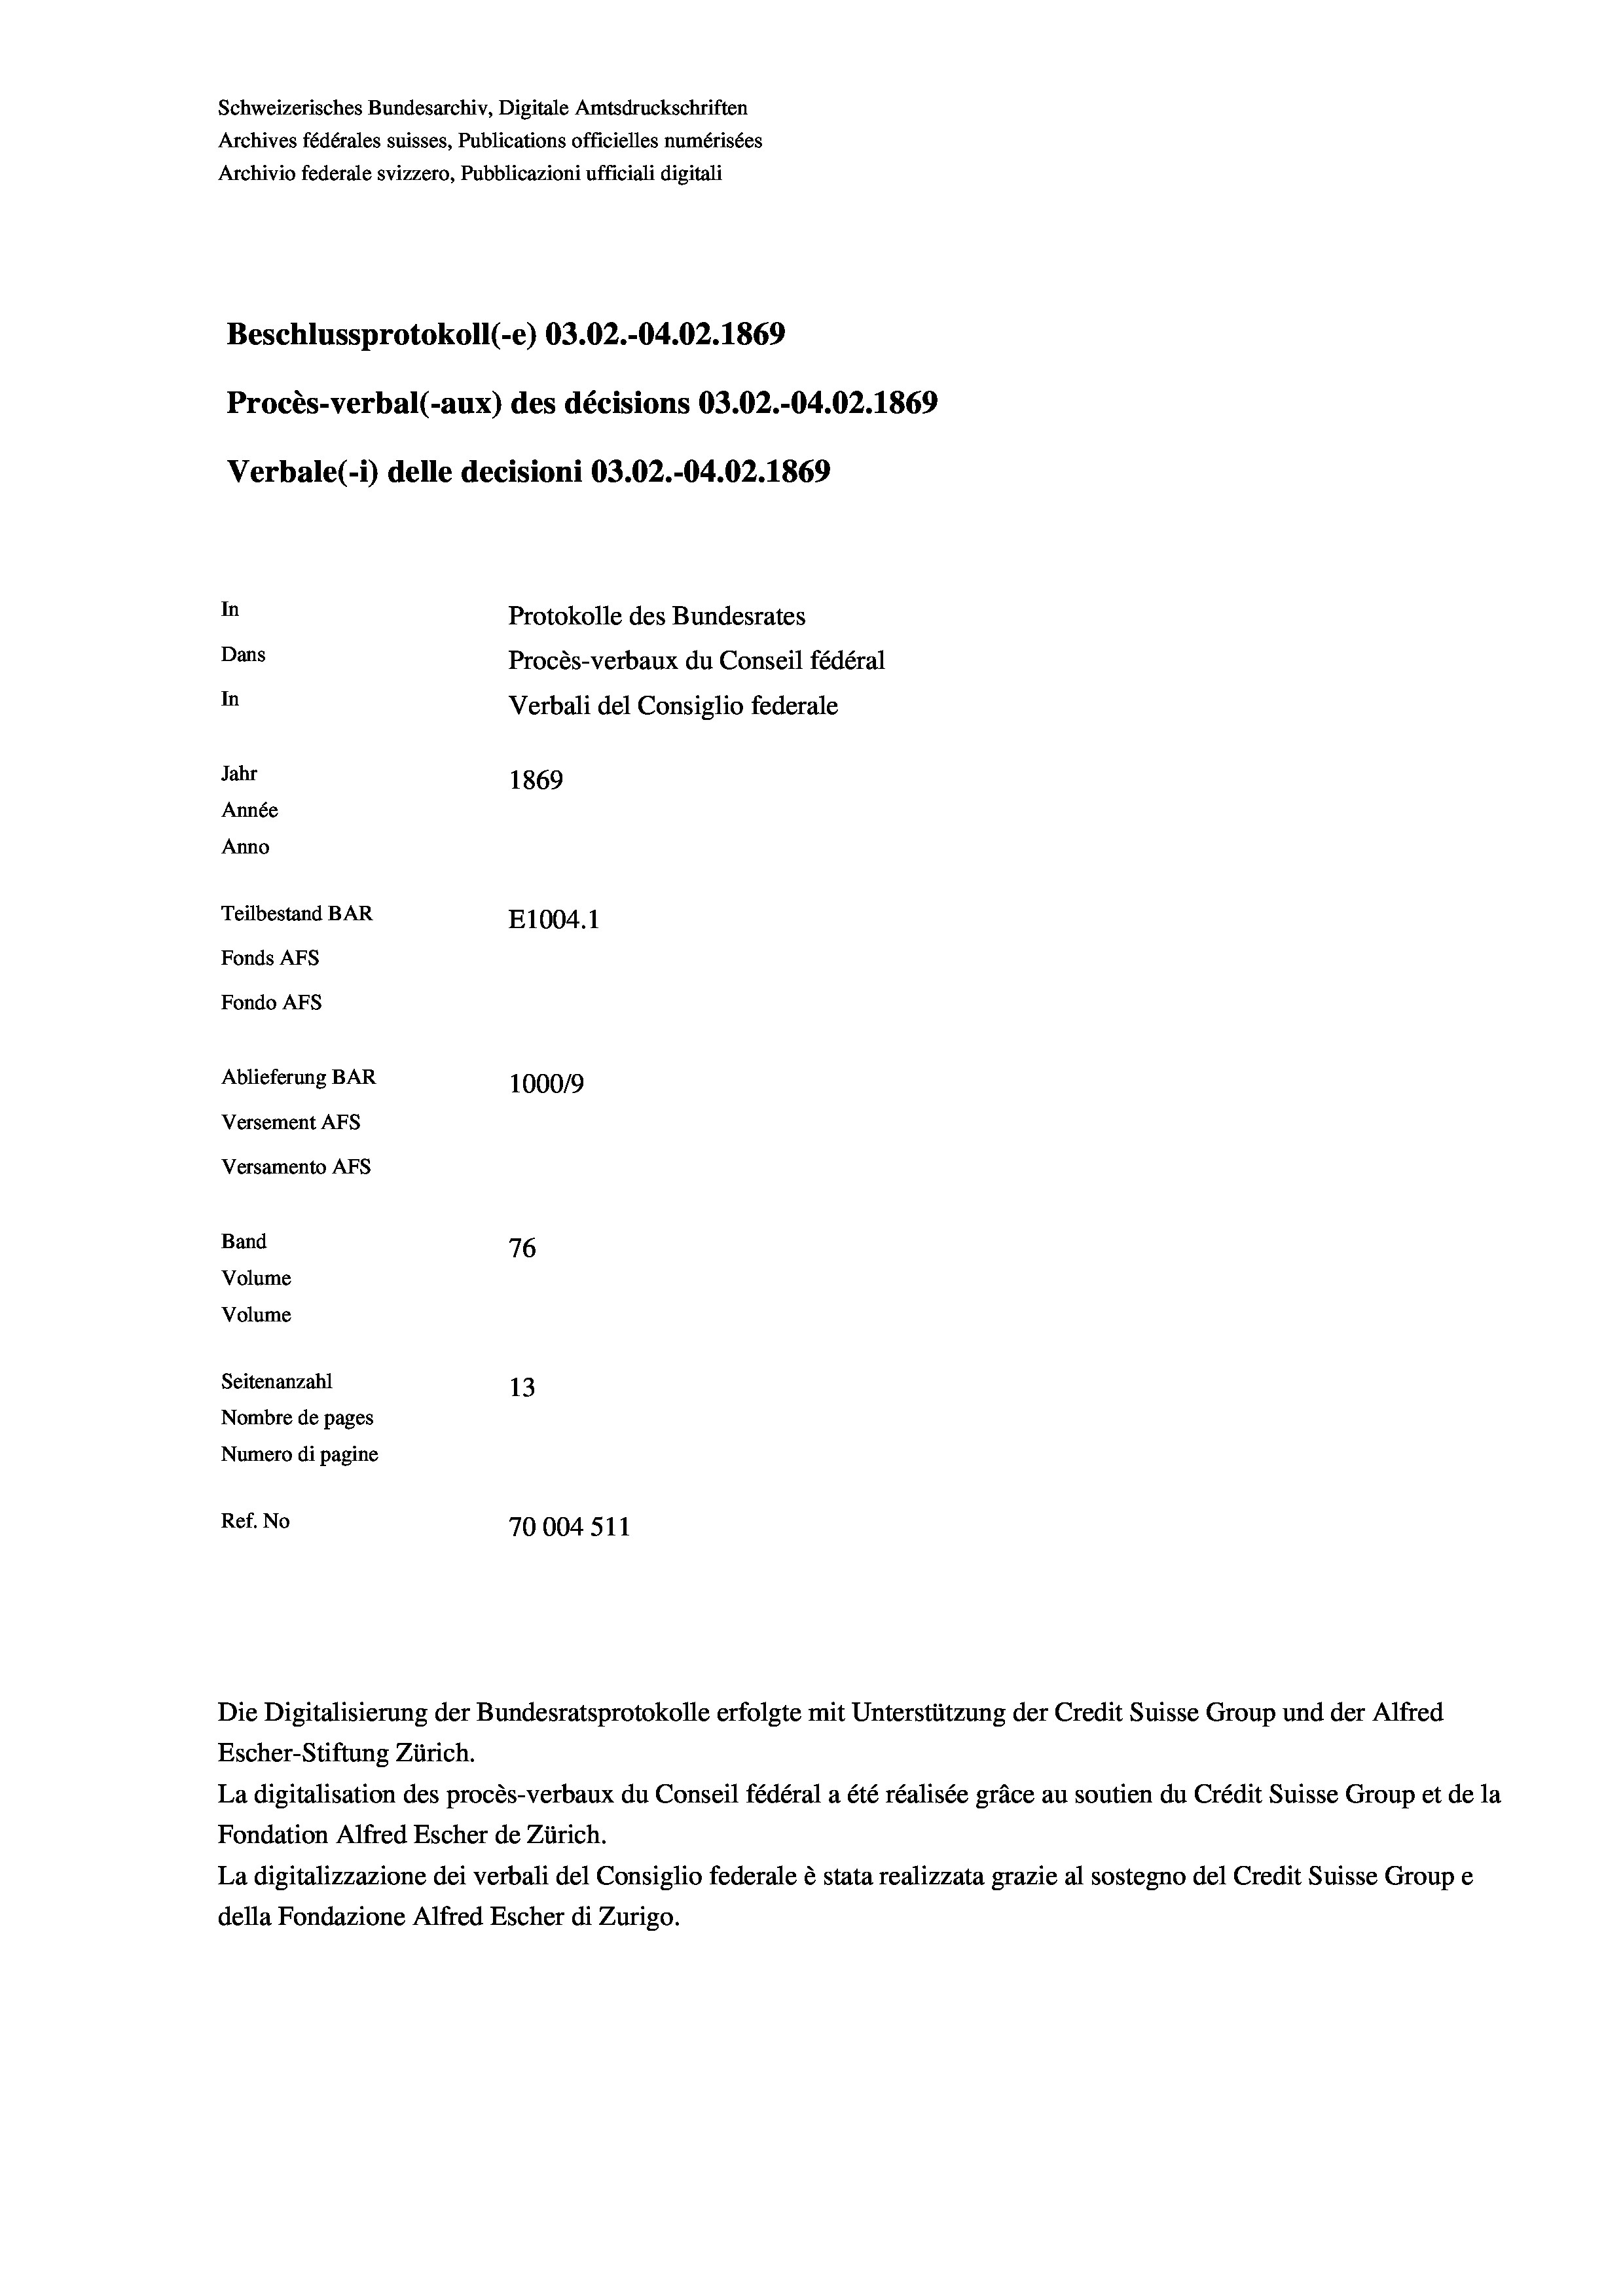
Schweizerisches Bundesarchiv, Digitale Amtsdruckschriften
Archives fédérales suisses, Publications officielles numérisées
Archivio federale svizzero, Pubblicazioni ufficiali digitali
Beschlussprotokoll (-e) 03.02.-04.02. 1869
Procès-verbal (-aux) des décisions 03.02.-04.02. 1869
Verbale (i) delle decisioni 03.02.-04.02. 1869
In
Protokolle des Bundesrates
Dans
Procès-verbaux du Conseil fédéral
In
Verbali del Consiglio federale
Jahr
1869
Année
Anno
Teilbestand BAR
E1004. 1
Fonds AFs
Fondo AFs
Ablieferung BAR
100019
Versement AFs
Versamento Afs
Band
76
Volume

Volume
Seitenanzahl
13
Nombre de pages
Numero di pagine
Ref. No
70004 511

Escher-Stiftung Zürich.
La digitalisation des procès-verbaux du Conseil fédéral a été réalisée gräce au soutien du Crédit Suisse Group et de la
Fondation Alfred Escher de Zürich.
La digitalizzazione dei verbali del Consiglio federale è stata realizzata grazie al sostegno del Credit Suisse Groupe
della Fondazione Alfred Escher di Zurigo.

Die Digitalisierung der Bundesratsprotokolle erfolgte mit Unterstützung der Credit Suisse Group und der Alfred